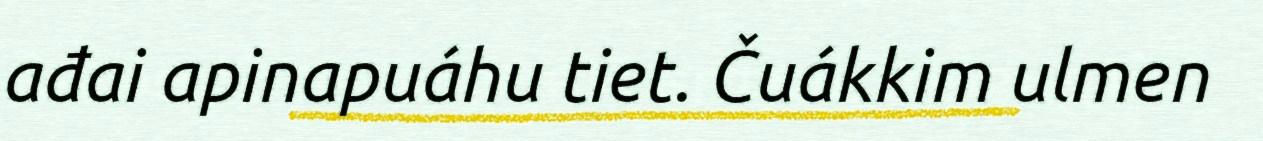
ađai apinapuáhu tiet. Čuákkim ulmen